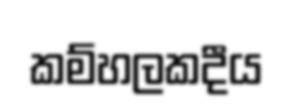
කම්හලකදීය